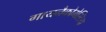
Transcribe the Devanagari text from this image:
गायनैकोमेस्टिया